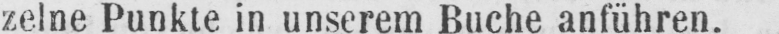
zelne Punkte in unserem Buche anführen.